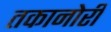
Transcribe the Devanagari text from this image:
तकानोरी